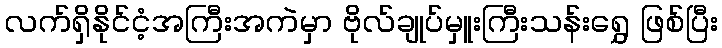
လက်ရှိနိုင်ငံ့အကြီးအကဲမှာ ဗိုလ်ချုပ်မှူးကြီးသန်းရွှေ ဖြစ်ပြီး